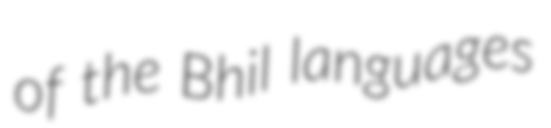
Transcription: of the Bhil languages